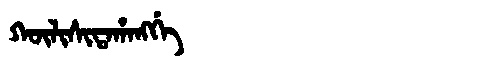
Manchu: ᡴᡡᠯᡳᠰᡳᡨᠠᡥᠠᠩᡤᡝ
Romanization: KŪLISITAHANGGE